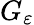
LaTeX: G_{\varepsilon}